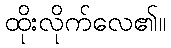
ထိုးလိုက်လေ၏။